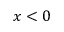
x < 0